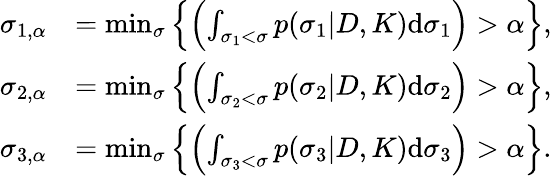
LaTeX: \begin{array}{rl}{\sigma_{1,\alpha}}&{=\operatorname*{min}_{\sigma}\left\{ \left(\int_{\sigma_{1}<\sigma}p(\sigma_{1}|D,K)\textup{d}\sigma_{1}\right)>\alpha\right\} ,}\\ {\sigma_{2,\alpha}}&{=\operatorname*{min}_{\sigma}\left\{ \left(\int_{\sigma_{2}<\sigma}p(\sigma_{2}|D,K)\textup{d}\sigma_{2}\right)>\alpha\right\} ,}\\ {\sigma_{3,\alpha}}&{=\operatorname*{min}_{\sigma}\left\{ \left(\int_{\sigma_{3}<\sigma}p(\sigma_{3}|D,K)\textup{d}\sigma_{3}\right)>\alpha\right\} .}\end{array}